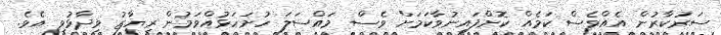
ސަރުކާރުން އެއްވެސް ކަމެއް ކޮށްފައިނުވާކަމަށް ވެސް މައްސަލަ ހުށަހަޅުއްވަމުން ރިޔާޒު ވިދާޅުވި އެވެ.